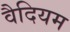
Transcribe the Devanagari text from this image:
वैदियम